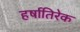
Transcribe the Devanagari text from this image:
हर्षातिरेक